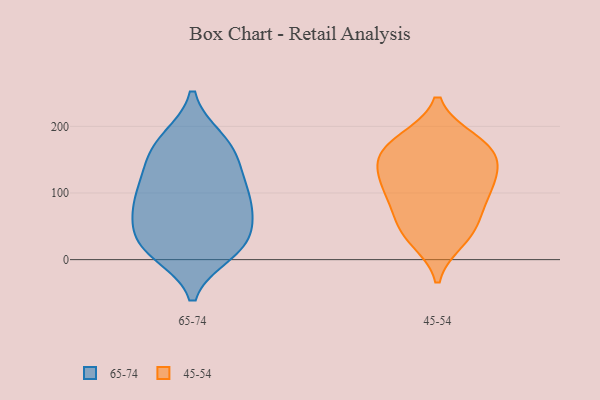
{"axis": {"x": "Customer Acquisition Cost (USD)", "y": "Value"}, "legend": ["45-54", "65-74"], "data": [{"x": "", "y": 181, "type": "65-74"}, {"x": "", "y": 89, "type": "65-74"}, {"x": "", "y": 116, "type": "65-74"}, {"x": "", "y": 98, "type": "65-74"}, {"x": "", "y": 26, "type": "65-74"}, {"x": "", "y": 166, "type": "65-74"}, {"x": "", "y": 144, "type": "65-74"}, {"x": "", "y": 10, "type": "65-74"}, {"x": "", "y": 13, "type": "65-74"}, {"x": "", "y": 59, "type": "65-74"}, {"x": "", "y": 144, "type": "65-74"}, {"x": "", "y": 61, "type": "65-74"}, {"x": "", "y": 22, "type": "65-74"}, {"x": "", "y": 97, "type": "65-74"}, {"x": "", "y": 181, "type": "65-74"}, {"x": "", "y": 74, "type": "65-74"}, {"x": "", "y": 26, "type": "65-74"}, {"x": "", "y": 154, "type": "45-54"}, {"x": "", "y": 99, "type": "45-54"}, {"x": "", "y": 30, "type": "45-54"}, {"x": "", "y": 51, "type": "45-54"}, {"x": "", "y": 37, "type": "45-54"}, {"x": "", "y": 177, "type": "45-54"}, {"x": "", "y": 68, "type": "45-54"}, {"x": "", "y": 155, "type": "45-54"}, {"x": "", "y": 106, "type": "45-54"}, {"x": "", "y": 168, "type": "45-54"}, {"x": "", "y": 99, "type": "45-54"}, {"x": "", "y": 132, "type": "45-54"}, {"x": "", "y": 179, "type": "45-54"}, {"x": "", "y": 128, "type": "45-54"}]}